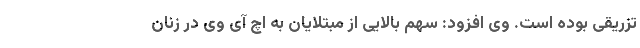
تزریقی بوده است. وی افزود: سهم بالایی از مبتلایان به اچ آی وی در زنان